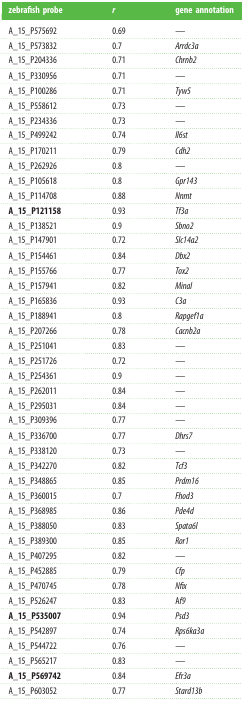
<table><thead><tr><td><b>zebrafish probe</b></td><td><b><i>r</i></b></td><td><b>gene annotation</b></td></tr></thead><tbody><tr><td>A_15_P575692</td><td>0.69</td><td>—</td></tr><tr><td>A_15_P573832</td><td>0.7</td><td><i>Arrdc3a</i></td></tr><tr><td>A_15_P204336</td><td>0.71</td><td><i>Chrnb2</i></td></tr><tr><td>A_15_P330956</td><td>0.71</td><td>—</td></tr><tr><td>A_15_P100286</td><td>0.71</td><td><i>Tyw5</i></td></tr><tr><td>A_15_P558612</td><td>0.73</td><td>—</td></tr><tr><td>A_15_P234336</td><td>0.73</td><td>—</td></tr><tr><td>A_15_P499242</td><td>0.74</td><td><i>Il6st</i></td></tr><tr><td>A_15_P170211</td><td>0.79</td><td><i>Cdh2</i></td></tr><tr><td>A_15_P262926</td><td>0.8</td><td>—</td></tr><tr><td>A_15_P105618</td><td>0.8</td><td><i>Gpr143</i></td></tr><tr><td>A_15_P114708</td><td>0.88</td><td><i>Nnmt</i></td></tr><tr><td><b>A_15_P121158</b></td><td>0.93</td><td><i>Tf3a</i></td></tr><tr><td>A_15_P138521</td><td>0.9</td><td><i>Sbno2</i></td></tr><tr><td>A_15_P147901</td><td>0.72</td><td><i>Slc14a2</i></td></tr><tr><td>A_15_P154461</td><td>0.84</td><td><i>Dbx2</i></td></tr><tr><td>A_15_P155766</td><td>0.77</td><td><i>Tox2</i></td></tr><tr><td>A_15_P157941</td><td>0.82</td><td><i>Minal</i></td></tr><tr><td>A_15_P165836</td><td>0.93</td><td><i>C3a</i></td></tr><tr><td>A_15_P188941</td><td>0.8</td><td><i>Rapgef1a</i></td></tr><tr><td>A_15_P207266</td><td>0.78</td><td><i>Cacnb2a</i></td></tr><tr><td>A_15_P251041</td><td>0.83</td><td>—</td></tr><tr><td>A_15_P251726</td><td>0.72</td><td>—</td></tr><tr><td>A_15_P254361</td><td>0.9</td><td>—</td></tr><tr><td>A_15_P262011</td><td>0.84</td><td>—</td></tr><tr><td>A_15_P295031</td><td>0.84</td><td>—</td></tr><tr><td>A_15_P309396</td><td>0.77</td><td>—</td></tr><tr><td>A_15_P336700</td><td>0.77</td><td><i>Dhrs7</i></td></tr><tr><td>A_15_P338120</td><td>0.73</td><td>—</td></tr><tr><td>A_15_P342270</td><td>0.82</td><td><i>Tcf3</i></td></tr><tr><td>A_15_P348865</td><td>0.85</td><td><i>Prdm16</i></td></tr><tr><td>A_15_P360015</td><td>0.7</td><td><i>Fhod3</i></td></tr><tr><td>A_15_P368985</td><td>0.86</td><td><i>Pde4d</i></td></tr><tr><td>A_15_P388050</td><td>0.83</td><td><i>Spata6l</i></td></tr><tr><td>A_15_P389300</td><td>0.85</td><td><i>Ror1</i></td></tr><tr><td>A_15_P407295</td><td>0.82</td><td>—</td></tr><tr><td>A_15_P452885</td><td>0.79</td><td><i>Cfp</i></td></tr><tr><td>A_15_P470745</td><td>0.78</td><td><i>Nfix</i></td></tr><tr><td>A_15_P526247</td><td>0.83</td><td>A<i>f9</i></td></tr><tr><td><b>A_15_P535007</b></td><td>0.94</td><td><i>Psd3</i></td></tr><tr><td>A_15_P542897</td><td>0.74</td><td><i>Rps6ka3a</i></td></tr><tr><td>A_15_P544722</td><td>0.76</td><td>—</td></tr><tr><td>A_15_P565217</td><td>0.83</td><td>—</td></tr><tr><td><b>A_15_P569742</b></td><td>0.84</td><td><i>Efr3a</i></td></tr><tr><td>A_15_P603052</td><td>0.77</td><td><i>Stard13b</i></td></tr></tbody></table>